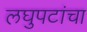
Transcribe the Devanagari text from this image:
लघुपटांचा